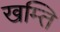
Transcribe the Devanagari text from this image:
खम्ति